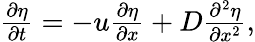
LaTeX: \begin{array}{r}{\frac{\partial\eta}{\partial t}=-u\frac{\partial\eta}{\partial x}+D\frac{\partial^{2}\eta}{\partial x^{2}},}\end{array}